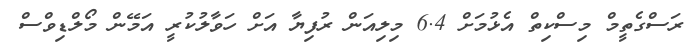
ރަސްގެތީމް މިސްކިތް އެޅުމަށް 6.4 މިލިއަން ރުފިޔާ އަށް ހަވާލުކުރީ އަމޭން މޯލްޑިވްސް